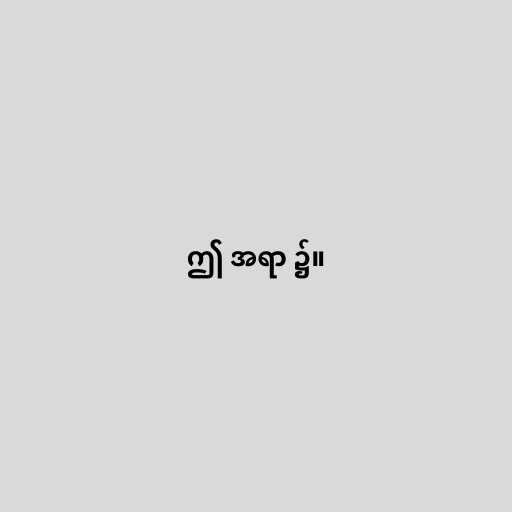
ဤ အရာ ၌။